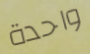
واحدة